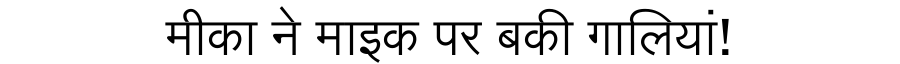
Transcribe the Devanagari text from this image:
मीका ने माइक पर बकी गालियां!